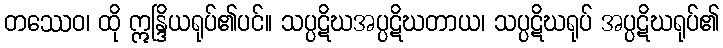
တဿေဝ၊ ထို ဣန္ဒြိယရုပ်၏ပင်။ သပ္ပဋိဃအပ္ပဋိဃတာယ၊ သပ္ပဋိဃရုပ် အပ္ပဋိဃရုပ်၏